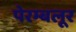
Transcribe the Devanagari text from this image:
पेरम्बलूर